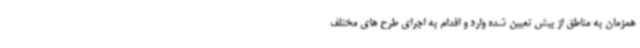
همزمان به مناطق از پیش تعیین شده وارد و اقدام به اجرای طرح های مختلف